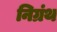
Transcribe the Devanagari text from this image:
निग्रंथ